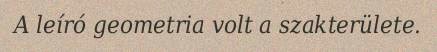
A leíró geometria volt a szakterülete.